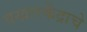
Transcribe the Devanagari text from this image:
वखारकेंद्राचे